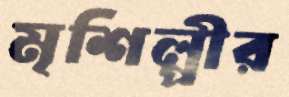
মৃশিল্পীর